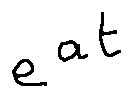
e ^ { a t }